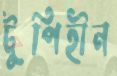
টুপিহীন